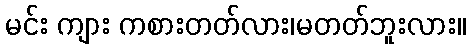
မင်း ကျား ကစားတတ်လား၊မတတ်ဘူးလား။